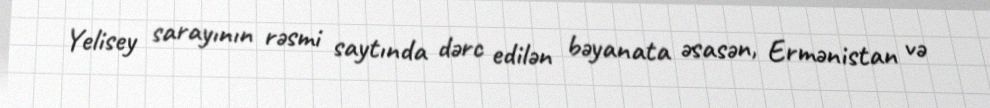
Yelisey sarayının rəsmi saytında dərc edilən bəyanata əsasən, Ermənistan və